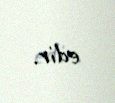
edir.